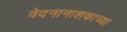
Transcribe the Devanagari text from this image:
वेदनानाशकाच्या